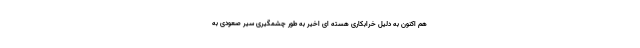
هم اکنون به دلیل خرابکاری هسته ای اخیر به طور چشمگیری سیر صعودی به